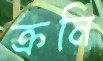
ক্রনি